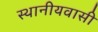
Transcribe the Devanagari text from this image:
स्थानीयवासी